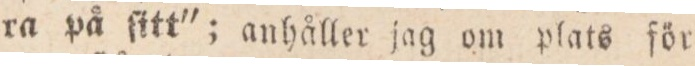
ra på ſitt”; anhåller jag om plats för